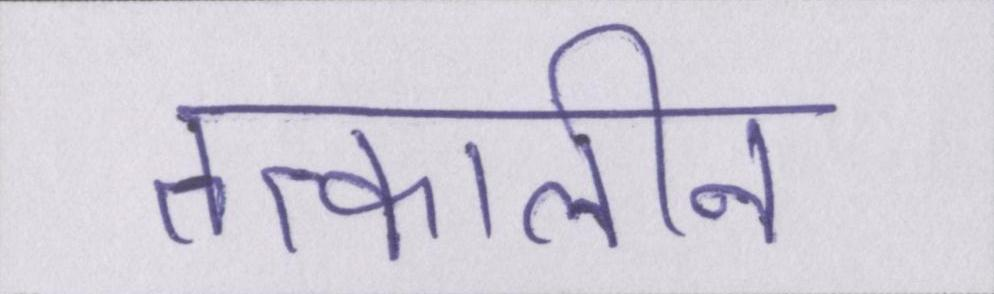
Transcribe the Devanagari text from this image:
तत्कालीन